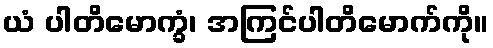
ယံ ပါတိမောက္ခံ၊ အကြင်ပါတိမောက်ကို။